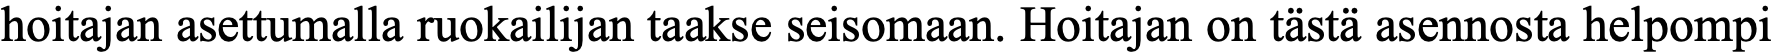
hoitajan asettumalla ruokailijan taakse seisomaan. Hoitajan on tästä asennosta helpompi